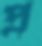
প্র